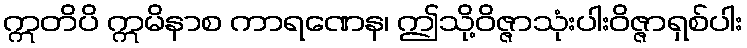
ဣတိပိ ဣမိနာစ ကာရဏေန၊ ဤသို့ဝိဇ္ဇာသုံးပါးဝိဇ္ဇာရှစ်ပါး